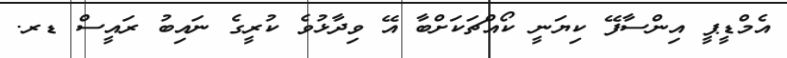
އެމްޑީޕީ އިންސާފޭ ކިޔަނީ ކޯއްޗަކަށްބާ އޭ ވިދާޅުވެ ކުރީގެ ނައިބު ރައީސް ޑރ.